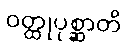
ဝတ္ထုပုစ္ဆာတိ